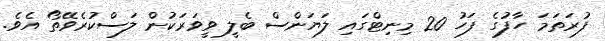
ފުރަތަމަ ހާފުގެ ފަހު 20 މިނިޓްގައި ލަޔަންސް ބެލީ ވީވަރަކުން ލަސްކުރެވޭތޯ އެވެ.